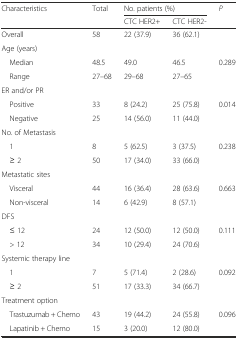
| <ROWSPAN=2> Characteristics | <ROWSPAN=2> Total | <COLSPAN=2> No. patients (%) | <ROWSPAN=2> P |
 | CTC HER2+ | CTC HER2- |
 | --- | --- | --- | --- | --- |
 | Overall | 58 | 22 (37.9) | 36 (62.1) |  |
 | Age (years) |  |  |  |  |
 | Median | 48.5 | 49.0 | 46.5 | <ROWSPAN=2> 0.289 |
 | Range | 27–68 | 29–68 | 27–65 |
 | ER and/or PR |  |  |  |  |
 | Positive | 33 | 8 (24.2) | 25 (75.8) | <ROWSPAN=2> 0.014 |
 | Negative | 25 | 14 (56.0) | 11 (44.0) |
 | No. of Metastasis |  |  |  |  |
 | 1 | 8 | 5 (62.5) | 3 (37.5) | <ROWSPAN=2> 0.238 |
 | ≥ 2 | 50 | 17 (34.0) | 33 (66.0) |
 | Metastatic sites |  |  |  |  |
 | Visceral | 44 | 16 (36.4) | 28 (63.6) | <ROWSPAN=2> 0.663 |
 | Non-visceral | 14 | 6 (42.9) | 8 (57.1) |
 | DFS |  |  |  |  |
 | ≤ 12 | 24 | 12 (50.0) | 12 (50.0) | <ROWSPAN=2> 0.111 |
 | > 12 | 34 | 10 (29.4) | 24 (70.6) |
 | Systemic therapy line |  |  |  |  |
 | 1 | 7 | 5 (71.4) | 2 (28.6) | <ROWSPAN=2> 0.092 |
 | ≥ 2 | 51 | 17 (33.3) | 34 (66.7) |
 | Treatment option |  |  |  |  |
 | Trastuzumab + Chemo | 43 | 19 (44.2) | 24 (55.8) | <ROWSPAN=2> 0.096 |
 | Lapatinib + Chemo | 15 | 3 (20.0) | 12 (80.0) |